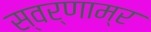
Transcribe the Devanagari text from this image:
स्वर्णाम्र